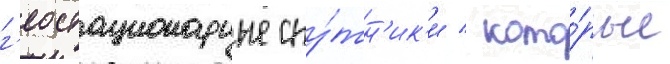
г'еостационарные спу́тн'ик'и / кото́рые